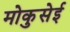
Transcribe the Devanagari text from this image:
मोकुसेई